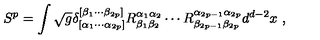
S ^ { p } = \int \sqrt { g } \delta _ { [ \alpha _ { 1 } \cdots \alpha _ { 2 p } ] } ^ { [ \beta _ { 1 } \cdots \beta _ { 2 p } ] } R _ { \beta _ { 1 } \beta _ { 2 } } ^ { \alpha _ { 1 } \alpha _ { 2 } } \cdots R _ { \beta _ { 2 p - 1 } \beta _ { 2 p } } ^ { \alpha _ { 2 p - 1 } \alpha _ { 2 p } } d ^ { d - 2 } x \ ,